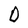
Character: D